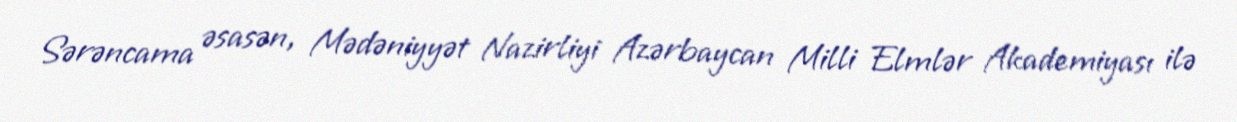
Sərəncama əsasən, Mədəniyyət Nazirliyi Azərbaycan Milli Elmlər Akademiyası ilə